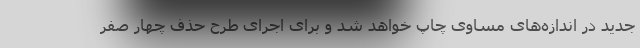
جدید در اندازه‌های مساوی چاپ خواهد شد و برای اجرای طرح حذف چهار صفر